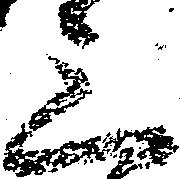
三